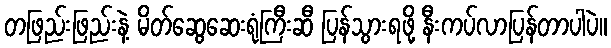
တဖြည်းဖြည်းနဲ့ မိတ်ဆွေဆေးရုံကြီးဆီ ပြန်သွားရဖို့ နီးကပ်လာပြန်တာပါပဲ။